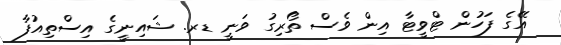
އޭގެ ފަހުން ޓްވީޓާ އިން ވެސް ތޯރިގު ވަނީ ޑރ. ޝައިނީގެ އިސްތިއުފާ